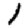
Digit: 1